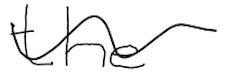
Text: the
Cross-out: wave
Writing tool: digital_black